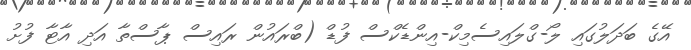
އޭގެ ބަދަލުގައި ލޯ-ގްލައިސެމިކް-އިންޑެކްސް ފުޑް (ބްރައުން ރައިސް ޕާސްތާ އަދި އާޓާ ފުށު